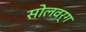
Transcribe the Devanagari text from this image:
सोलवर्ग